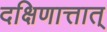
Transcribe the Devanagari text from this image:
दक्षिणात्तात्